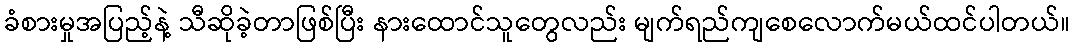
ခံစားမှုအပြည့်နဲ့ သီဆိုခဲ့တာဖြစ်ပြီး နားထောင်သူတွေလည်း မျက်ရည်ကျစေလောက်မယ်ထင်ပါတယ်။